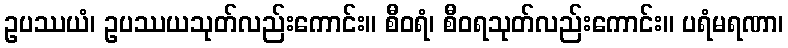
ဥပဿယံ၊ ဥပဿယသုတ်လည်းကောင်း။ စီဝရံ၊ စီဝရသုတ်လည်းကောင်း။ ပရံမရဏာ၊